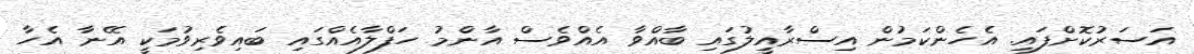
އަސަރުކޮށްފައި. އެހެންކަމުން އިސްރާއީލުގައި ބާއްވާ އެއްވެސް އާންމު ހަފްލާއެއްގައި ބައިވެރިވުމަކީ އޭނާ އެހާ